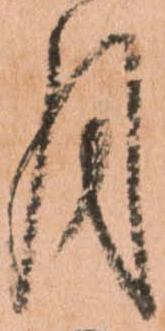
月